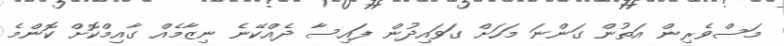
މަސްވެރިން އަތުން ގަންނަ މަހަށް ގަވައިދުން ފައިސާ ދެއްކޭނެ ނިޒާމެއް ގާއިމްކޮށް ކޮންމެ